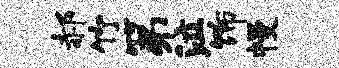
郝竹第泣饰幔